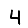
Digit: 4